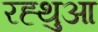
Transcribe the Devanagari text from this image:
रह्थुआ